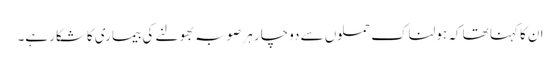
ان کا کہنا تھا کہ ہولناک حملوں سے دوچار ہر صوبہ بھولنے کی بیماری کاشکار ہے۔